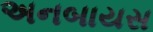
અનબાયસ